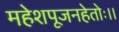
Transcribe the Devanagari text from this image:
महेशपूजनहेतोः।।